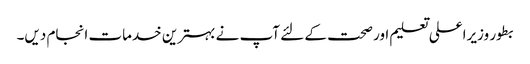
بطور وزیراعلی تعلیم اور صحت کے لئے آپ نے بہترین خدمات انجام دیں۔